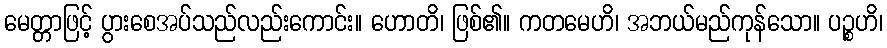
မေတ္တာဖြင့် ပွားစေအပ်သည်လည်းကောင်း။ ဟောတိ၊ ဖြစ်၏။ ကတမေဟိ၊ အဘယ်မည်ကုန်သော။ ပဉ္စဟိ၊